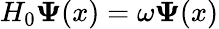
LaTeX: H_{0}\mathbf{\Psi}(x)=\omega\mathbf{\Psi}(x)